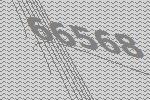
66568